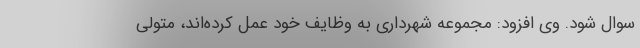
سوال شود. وی افزود: مجموعه شهرداری به وظایف خود عمل کرده‌اند، متولی